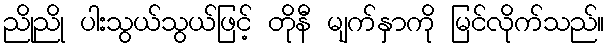
ညိုညို ပါးသွယ်သွယ်ဖြင့် တိုနီ မျက်နှာကို မြင်လိုက်သည်။